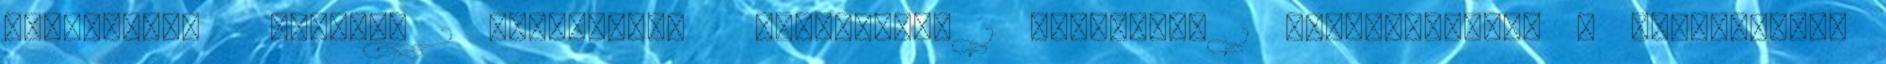
elbeszélés bűnügyi 2 elbeszélés történelmi 1 filozófia 1 gyermekregény 6 gyermekvers